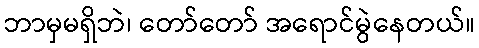
ဘာမှမရှိဘဲ၊ တော်တော် အရောင်မွဲနေတယ်။